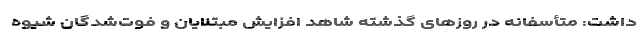
داشت: متأسفانه در روزهای گذشته شاهد افزایش مبتلایان و فوت‌شدگان شیوه